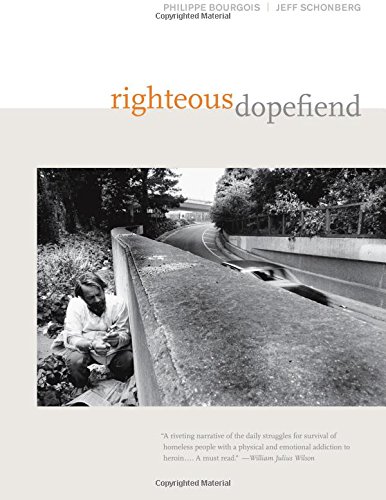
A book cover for Righteous Dopefiend (California Series in Public Anthropology); Philippe Bourgois; Biographies & Memoirs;